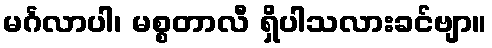
မင်္ဂလာပါ၊ မစ္စတာလီ ရှိပါသလားခင်ဗျာ။